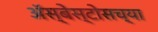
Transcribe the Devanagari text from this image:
ॲस्बेस्टोसच्या